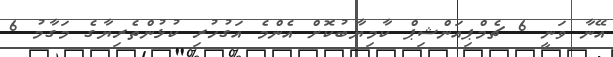
އޭނާ ވަނީ 6 ޗެމްޕިއަންޝިޕް ކާމިޔާބުކޮށް އެންމެ އަގުހުރި ކުޅުންތެރިޔާގެ މަގާމު 6